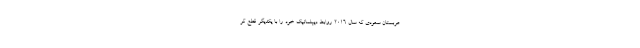
عربستان سعودی که سال ۲۰۱۶ روابط دیپلماتیک خود را با یکدیگر قطع کر